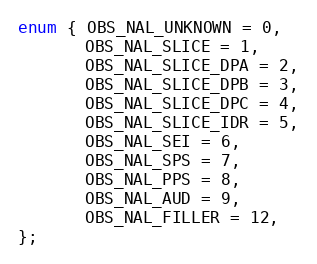
Language: C
enum { OBS_NAL_UNKNOWN = 0,
       OBS_NAL_SLICE = 1,
       OBS_NAL_SLICE_DPA = 2,
       OBS_NAL_SLICE_DPB = 3,
       OBS_NAL_SLICE_DPC = 4,
       OBS_NAL_SLICE_IDR = 5,
       OBS_NAL_SEI = 6,
       OBS_NAL_SPS = 7,
       OBS_NAL_PPS = 8,
       OBS_NAL_AUD = 9,
       OBS_NAL_FILLER = 12,
};